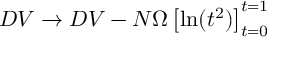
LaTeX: D V \rightarrow D V - N \Omega \left[ \mathrm { l n } ( t ^ { 2 } ) \right] _ { t = 0 } ^ { t = 1 }